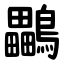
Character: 鸓